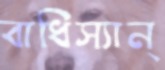
বাধিস্যান্